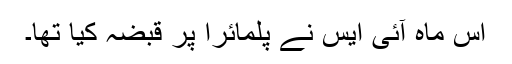
اس ماہ آئی ایس نے پلمائرا پر قبضہ کیا تھا۔